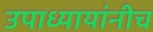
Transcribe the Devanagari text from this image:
उपाध्यायांनीच